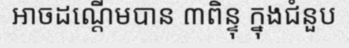
អាចដណ្តើមបាន ៣ពិន្ទុ ក្នុងជំនួប